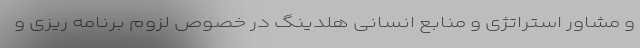
و مشاور استراتژی و منابع انسانی هلدینگ در خصوص لزوم برنامه ریزی و